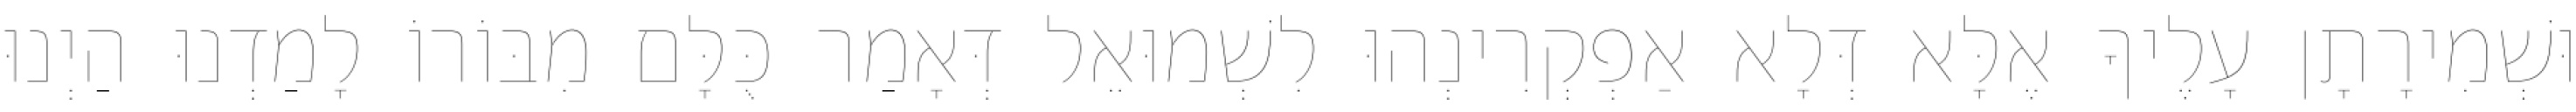
וּשְׁמִירָתָן עָלֶיךָ אֶלָּא דְּלָא אַפְקְרִינְהוּ לִשְׁמוּאֵל דְּאָמַר כֻּלָּם מִבּוֹרוֹ לָמַדְנוּ הַיְנוּ